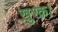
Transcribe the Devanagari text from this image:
ख़ुश्क़।